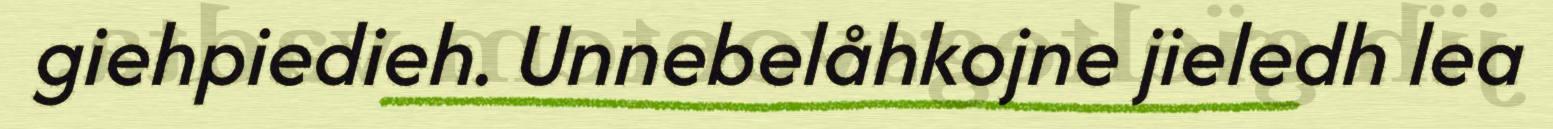
giehpiedieh. Unnebelåhkojne jieledh lea